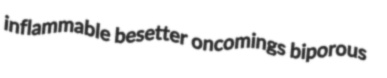
inflammable besetter oncomings biporous